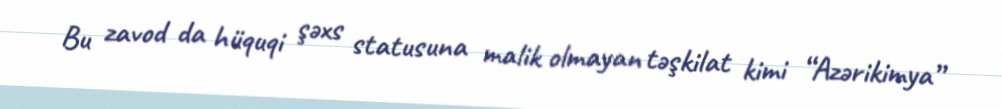
Bu zavod da hüquqi şəxs statusuna malik olmayan təşkilat kimi “Azərikimya”